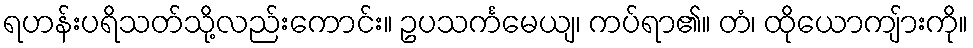
ရဟန်းပရိသတ်သို့လည်းကောင်း။ ဥပသင်္ကမေယျ၊ ကပ်ရာ၏။ တံ၊ ထိုယောကျ်ားကို။